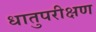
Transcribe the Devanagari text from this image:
धातुपरीक्षण